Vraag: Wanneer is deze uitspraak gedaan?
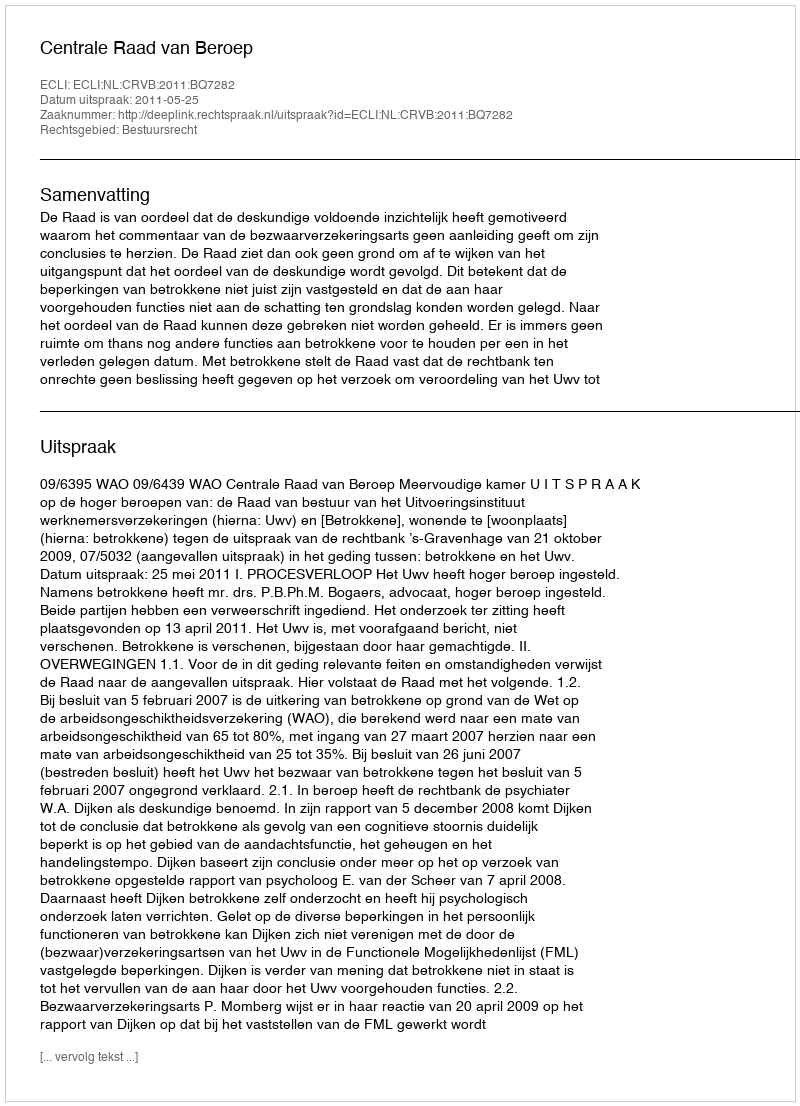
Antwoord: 2011-05-25